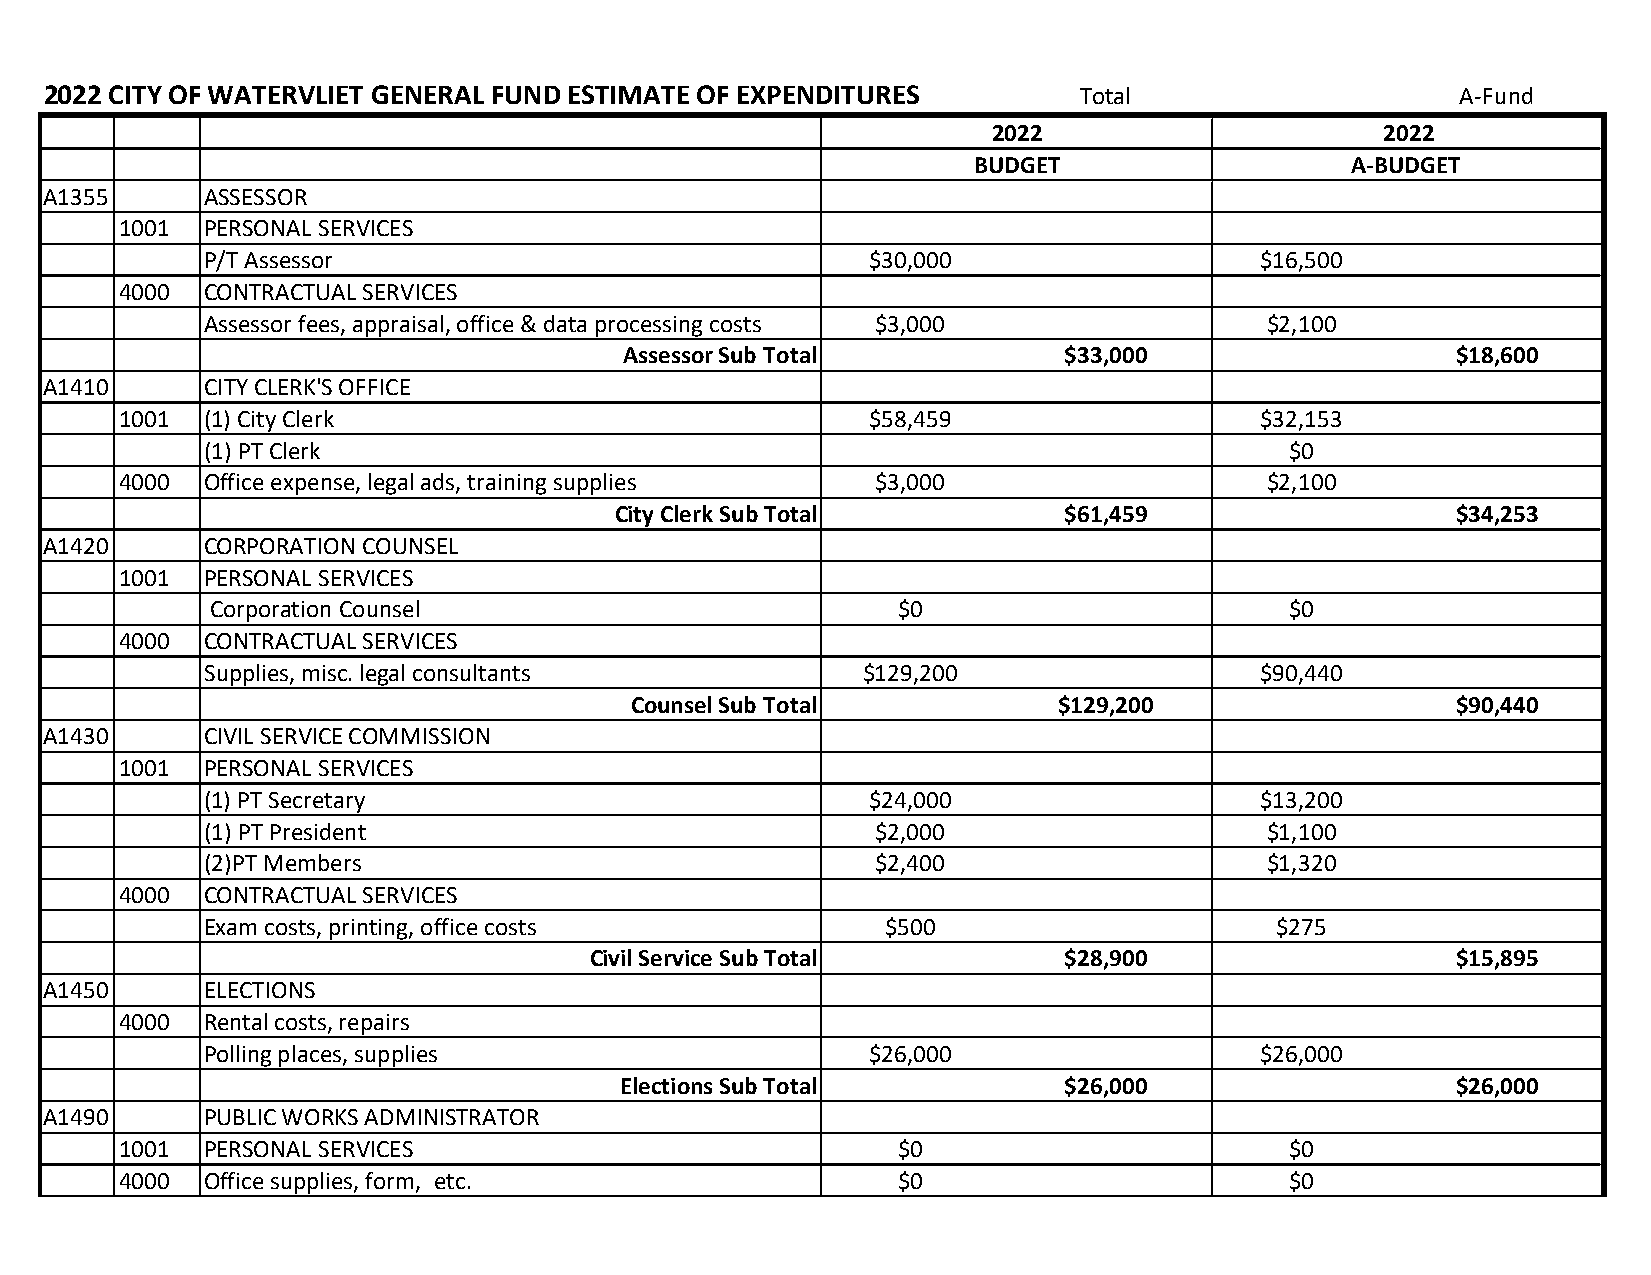
2022 CITY OF WATERVLIET GENERAL FUND ESTIMATE OF EXPENDITURES       Total                     A-Fund
 2022                      2022
 BUDGET                   A-BUDGET
 A1355      ASSESSOR
 1001  PERSONAL SERVICES
 P/T Assessor                                $30,000                  $16,500
 4000  CONTRACTUAL SERVICES
 Assessor fees, appraisal, office & data processing costs $3,000       $2,100
 Assessor Sub Total           $33,000                   $18,600
 A1410      CITY CLERK'S OFFICE
 1001  (1) City Clerk                              $58,459                  $32,153
 (1) PT Clerk                                                           $0
 4000  Office expense, legal ads, training supplies $3,000                   $2,100
 City Clerk Sub Total         $61,459                   $34,253
 A1420      CORPORATION COUNSEL
 1001  PERSONAL SERVICES
 Corporation Counsel                          $0                        $0
 4000  CONTRACTUAL SERVICES
 Supplies, misc. legal consultants          $129,200                  $90,440
 Counsel Sub Total           $129,200                  $90,440
 A1430      CIVIL SERVICE COMMISSION
 1001  PERSONAL SERVICES
 (1) PT Secretary                            $24,000                  $13,200
 (1) PT President                            $2,000                    $1,100
 (2)PT Members                               $2,400                    $1,320
 4000  CONTRACTUAL SERVICES
 Exam costs, printing, office costs           $500                     $275
 Civil Service Sub Total        $28,900                   $15,895
 A1450      ELECTIONS
 4000  Rental costs, repairs
 Polling places, supplies                    $26,000                  $26,000
 Elections Sub Total          $26,000                   $26,000
 A1490      PUBLIC WORKS ADMINISTRATOR
 1001  PERSONAL SERVICES                            $0                        $0
 4000  Office supplies, form, etc.                  $0                        $0